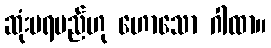
ဆုံးမရမည်ဟု ဟောသော ဂါထာ။